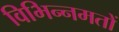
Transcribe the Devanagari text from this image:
विभिन्नमतों